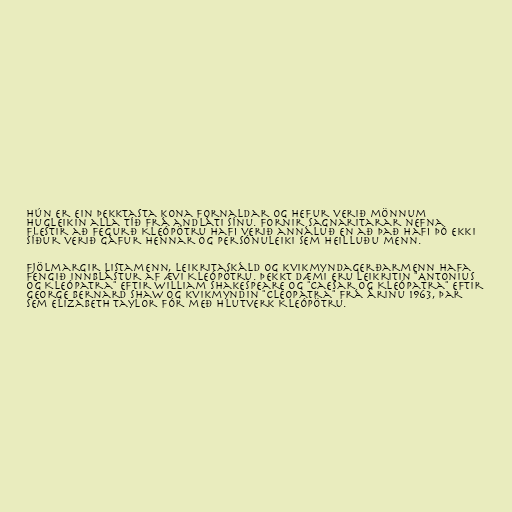
Hún er ein þekktasta kona fornaldar og hefur verið mönnum
hugleikin alla tíð frá andláti sínu. Fornir sagnaritarar nefna
flestir að fegurð Kleópötru hafi verið annáluð en að það hafi þó ekki
síður verið gáfur hennar og persónuleiki sem heilluðu menn.

Fjölmargir listamenn, leikritaskáld og kvikmyndagerðarmenn hafa
fengið innblástur af ævi Kleópötru. Þekkt dæmi eru leikritin "Antonius
og Kleópatra" eftir William Shakespeare og "Caesar og Kleópatra" eftir
George Bernard Shaw og kvikmyndin "Cleopatra" frá árinu 1963, þar
sem Elizabeth Taylor fór með hlutverk Kleópötru.